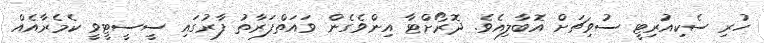
ހުރި ސެކިއުރިޓީ ސުވިޗަށް އޮބާލިއެވެ. ދޮރޯށްޓާ އިންވެގެން ވައަތްފަރާތު ފާރުގައި ސީސީޓީވީ ކެމެރާއެއް